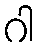
ဂါ